Lunatic asylums Madras 1892-1911 - 1892-1911
Year: 1892
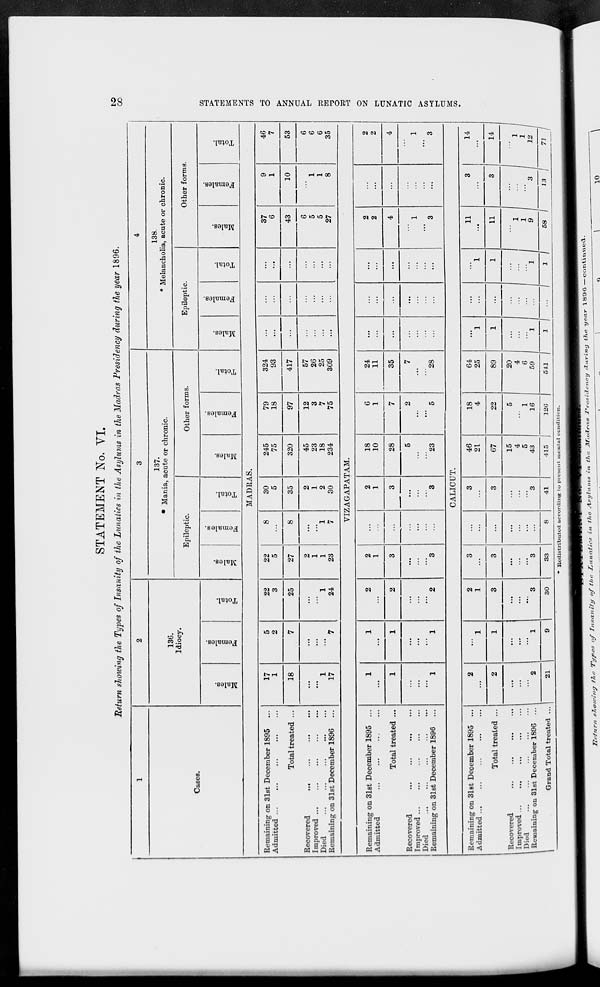
STATEMENT No. VI.
Return showing the Types of Insanity of the Lunatics in the Asylums in the Madras Presidency during the year 1896.
to
00
1
2
3
4
Cases.
136.
Idiocy.
137.
* Mania, acute or chronic.
138.
* Melancholia, acute or chronic.
Epileptic.
Other forms.
Epileptic.
Other forms.
m
o
2
CD
O
"3
S
s
fa
"3
o
EH
DO
O
"3
CO
O
"3
s
CD
fa
"3
o
EH
CO
<a
3
m
<B
"3
a
fa
■3
o
m
eg
"3
m o
B
o
fa
■43
o
&H
m
09
"3
m
o
"3
S
o
fa
cS
o
E-i
MADRAS.
Remaining on 31st December 1895
Admitted
Total treated ...
Recovered
...
...
...
...
Improved
Died
Remaining on 31st December 1896
17
1
5
2
22
3
22
5
8
30
5
245
75
79
18
324
93
...
...
...
37
6
9
1
46
7
18
7
25
27
8
35
320
97
417
...
...
...
43
10
53
' 1
17
' 7
1
24
2
1
1
23
"l
7
2
1
2
30
45
23
18
234
12
3
7
75
57
26
25
309
...
...
...
6
5
5
27
1
1
8
6
6
6
35
VIZAGAPATAM.
Remaining on 31st December 1895 ...
Admitted
...
...
Total treated ...
Recovered
Improved ...
Died
Remaining on 31st December 1896
1
1
2
2
1
...
2
1
18
10
6
1
24
11
...
...
...
2
2
2
2
1
1
2
3
3
3
28
7
35
...
...
...
4
...
4
1
1
' 2
3
...
5
23
2
' 5
7
"28
...
1
3
...
1
3
CALICUT.
Remaining on 31st December 1895 ...
Admitted ...
Total treated ...
Recovered
1 Improved ...
1 Died
1 Remaining on 31st December 1896
2
1
2
1
3
...
3
46
21
18
4
64
25
1
...
1
11
3
14
2
1
3
3
...
3
67
22
89
1
...
1
11
3
14
i
-.
1
3
3
...
3
15
4
5
43
5
1
16
20
4
6
59
~*l ; E j I "W "
Grand Total treated ...
21 1 9
30
33
8
41
415 |
126
5±1 |
11
/
1 1
58 /
IS /
n 1
CO
t-3
Kl
5*
H
CO
i-a
O
>
SZJ
a
►
O
fed
o
a
p>
•-3
O
>
in
«)
f
<3
CO
Redistributed according to present mental condition.
i7,./„ r/( «ft«wfliy the Types of Insanity of the Lunatics in the Asylums in. the
ATadraa Presidency aLu.ri.ng the year 1890-continucd.
~
— r~
"~T~
o
~T
10